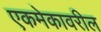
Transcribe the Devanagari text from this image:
एकमेकावरील